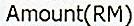
AMOUNT(RM)